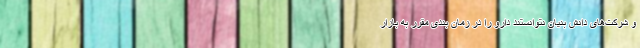
و شرکت‌های دانش بنیان نتوانستند دارو را در زمان بندی مقرر به بازار